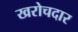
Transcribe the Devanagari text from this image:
खरोचदार